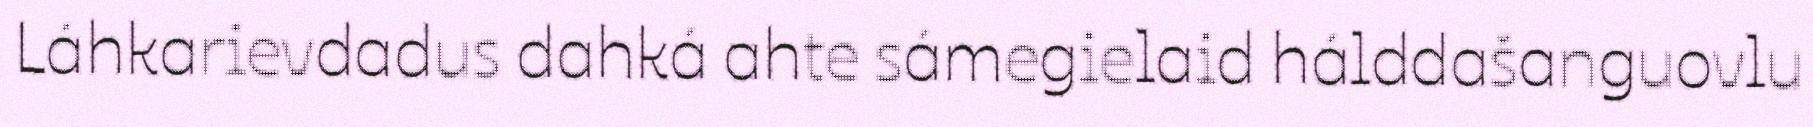
Láhkarievdadus dahká ahte sámegielaid hálddašanguovlu